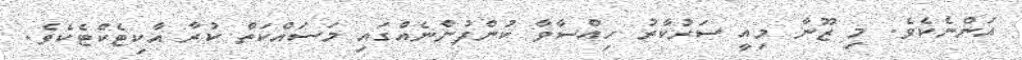
އަންނެކެވެ. މި ޒޫނާ މިއީ ސަރުކާރު ހިއްސާވާ ކުންފުންނެއްގައި މަސައްކަތް ކުރާ އާކިޓެކްޓެކެވެ.